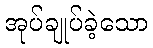
အုပ်ချုပ်ခဲ့သော